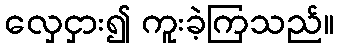
လှေငှား၍ ကူးခဲ့ကြသည်။